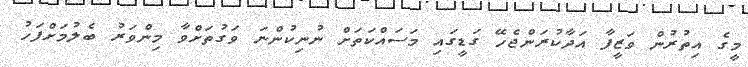
މީގެ އިތުރުން ވަޒީފާ އަދާކުރަންޖެހޭ ގަޑީގައި މަސައްކަތަށް ނުނިކުންނަ ވަގުތަށްވާ މިންވަރު ބެލުމަށްފަހު